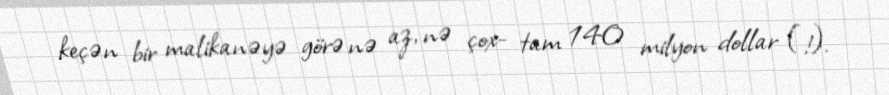
keçən bir malikanəyə görə nə az, nə çox- tam 140 milyon dollar (!).